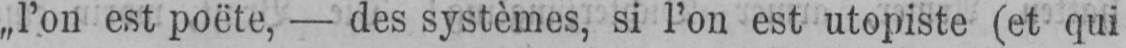
„l’on est poëte, - des systèmes, si l’on est utopiste (et qui